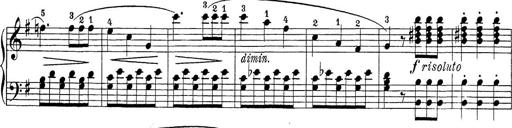
Title: Sonatina Album
Composer: Louis KÃ¶hler